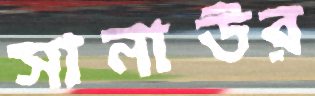
সানাউর